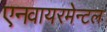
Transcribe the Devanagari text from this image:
एनवायरमेन्टल